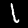
Digit: 1